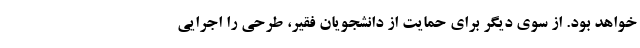
خواهد بود. از سوی دیگر برای حمایت از دانشجویان فقیر، طرحی را اجرایی